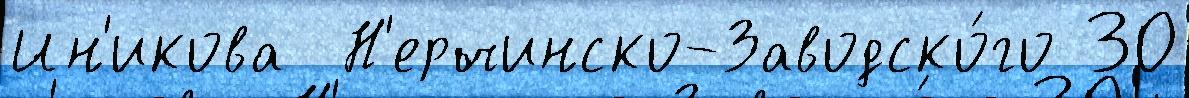
Ин'икова  Н'ерчинско-Заводско́го 30